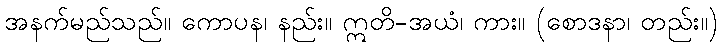
အနက်မည်သည်။ ကောပန၊ နည်း။ ဣတိ-အယံ၊ ကား။ (စောဒနာ၊ တည်း။)